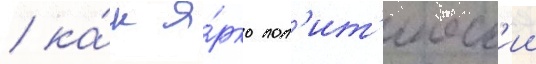
/ ка́к я́рко пол'ит'ическ'ии